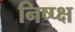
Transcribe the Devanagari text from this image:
निष्प्क्ष